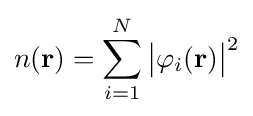
n(\mathbf {r} )=\sum _{i=1}^{N}{\big |}\varphi _{i}(\mathbf {r} ){\big |}^{2}